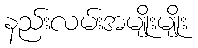
နည်းလမ်းအမျိုးမျိုး